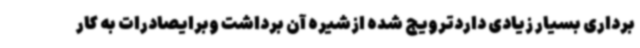
برداری بسیار زیادی داردترویج شده ازشیره آن برداشت وبرایصادرات به کار